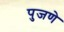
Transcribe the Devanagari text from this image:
पुजणे